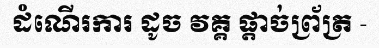
ដំណើរការ ដូច វគ្គ ផ្តាច់ព្រ័ត្រ -